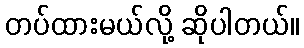
တပ်ထားမယ်လို့ ဆိုပါတယ်။